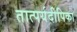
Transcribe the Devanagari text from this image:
तात्पर्यदीपिका